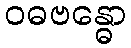
ဝဓဗန္ဓော